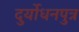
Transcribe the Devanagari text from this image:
दुर्योधनपुत्र